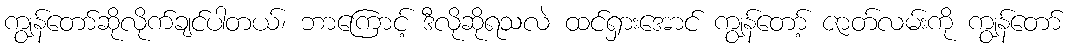
ကျွန်တော်ဆိုလိုက်ချင်ပါတယ်၊ ဘာကြောင့် ဒီလိုဆိုရသလဲ ထင်ရှားအောင် ကျွန်တော့် ဇာတ်လမ်းကို ကျွန်တော်